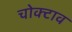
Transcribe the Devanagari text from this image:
चोक्टाव